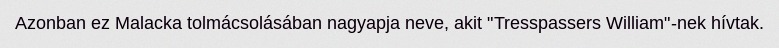
Azonban ez Malacka tolmácsolásában nagyapja neve, akit "Tresspassers William"-nek hívtak.